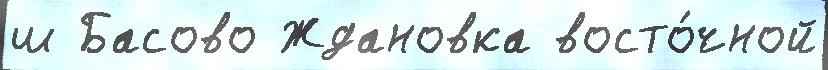
ш Басово Ждановка восто́чной